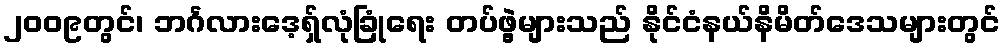
၂၀၀၉တွင်၊ ဘင်္ဂလားဒေ့ရှ်လုံခြုံရေး တပ်ဖွဲ့များသည် နိုင်ငံနယ်နိမိတ်ဒေသများတွင်